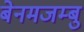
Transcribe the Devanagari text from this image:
बेनमजम्बु